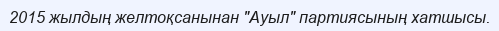
2015 жылдың желтоқсанынан "Ауыл" партиясының хатшысы.